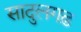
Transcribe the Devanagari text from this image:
सादुलगढ़